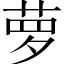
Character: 萝